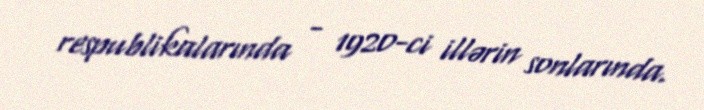
respublikalarında - 1920-ci illərin sonlarında.